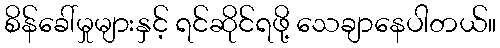
စိန်ခေါ်မှုများနှင့် ရင်ဆိုင်ရဖို့ သေချာနေပါတယ်။